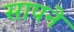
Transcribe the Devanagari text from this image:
सापने